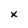
Character: x